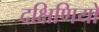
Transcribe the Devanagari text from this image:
दक्षिणियों